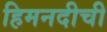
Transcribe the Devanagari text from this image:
हिमनदीची